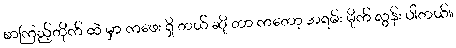
စာကြည့်တိုက် ထဲ မှာ ကဖေး ရှိ တယ် ဆို တာ ကတော့ အရမ်း မိုက် လွန်း ပါတယ်။